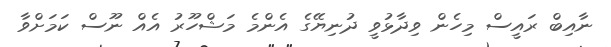
ނާއިބް ރައީސް މިހެން ވިދާޅުވީ ދުނިޔޭގެ އެންމެ މަޝްހޫރު އެއް ނޫސް ކަމަށްވާ